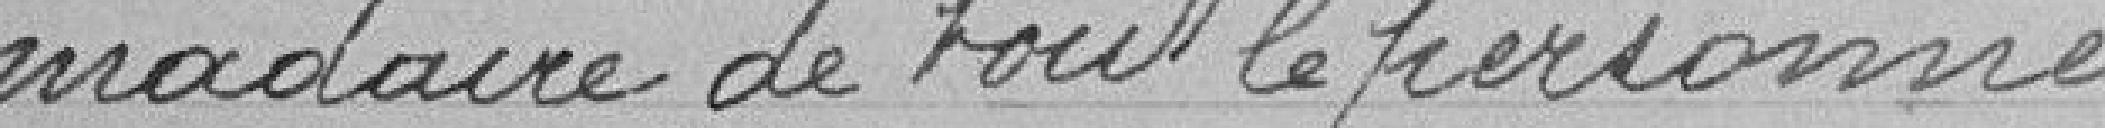
-madaire de tout le personnel